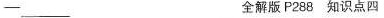
——___ 全解版 P288 知识点四